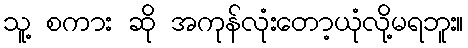
သူ့ စကား ဆို အကုန်လုံးတော့ယုံလို့မရဘူး။